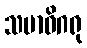
သမာဓိဂရု